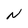
Character: N